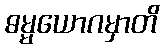
ဓမ္မယောဂမှာတိ